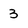
Character: 3